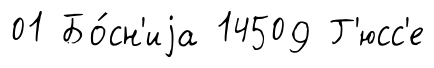
01 Бо́сн'иjа 14509 Г'юсс'е